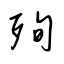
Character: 殉